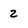
Character: 2